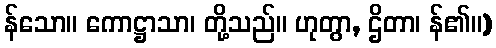
န်သော။ ကောဋ္ဌာသာ၊ တို့သည်။ ဟုတွာ, ဌိတာ၊ န်၏။)